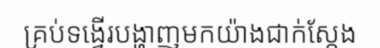
គ្រប់ទង្វើរបង្ហាញមកយ៉ាងជាក់ស្តែង